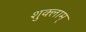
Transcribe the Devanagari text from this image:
शुक्लाम्